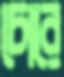
চোরে